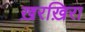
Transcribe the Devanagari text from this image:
ख़रख़िरा